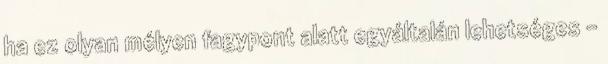
ha ez olyan mélyen fagypont alatt egyáltalán lehetséges –